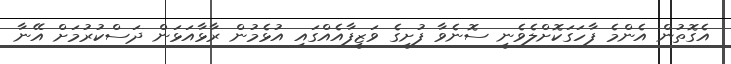
އެގޮތުން އެންމެ ފާހަގަކޮށްލެވެނީ ސޮނެވާ ފުށީގެ ވަޒީފާއެއްގައި އުޅެމުން ރާޅާއަޅަން ދަސްކުރުމަށް އޭނާ